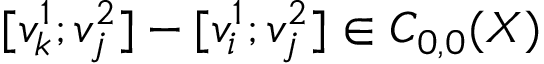
[ v _ { k } ^ { 1 } ; v _ { j } ^ { 2 } ] - [ v _ { i } ^ { 1 } ; v _ { j } ^ { 2 } ] \in C _ { 0 , 0 } ( X )